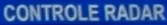
CONTROLE RADAR